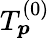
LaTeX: T_{\boldsymbol{p}}^{(0)}